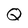
Character: Q